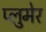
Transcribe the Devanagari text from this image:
प्लुमेर